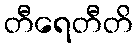
တီရေတီတိ